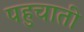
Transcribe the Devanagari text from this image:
पहुचाती